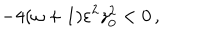
- 4 ( \omega + 1 ) \varepsilon ^ { 2 } z _ { 0 } ^ { 2 } < 0 \, ,